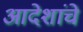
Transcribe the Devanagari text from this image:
आदेशांचे